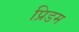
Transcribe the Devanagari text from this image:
प्रिडम